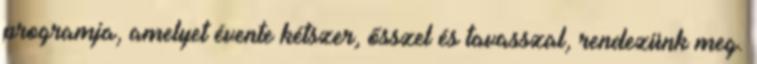
programja, amelyet évente kétszer, ősszel és tavasszal, rendezünk meg.